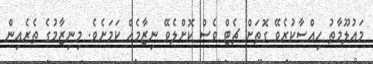
މައުލޫމާތު ހިއްސާކުރެވޭ ގޮތަށް ޗެޓް ވެސް ކޮށްލެވޭ ނިޒާމެއް ކަމަށެވެ. މިނިޒާމުގެ ތެރެއިން